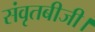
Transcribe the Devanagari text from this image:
संवृतबीजी।